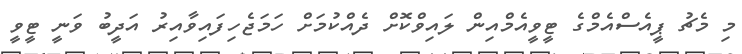
މި މެޗު ޕީއެސްއެމްގެ ޓީވީއެެމްއިން ލައިވްކޮށް ދެއްކުމަށް ހަމަޖެހިފައިވާއިރު އަދީބު ވަނީ ޓީވީ